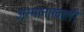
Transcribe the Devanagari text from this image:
अस्मानाखाली